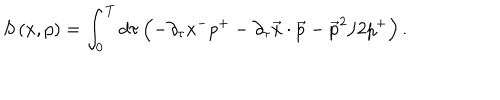
S \left( x , p \right) = \int _ { 0 } ^ { T } d \tau \left( - \partial _ { \tau } x ^ { - } p ^ { + } - \partial _ { \tau } \vec { x } \cdot \vec { p } - \vec { p } ^ { 2 } / 2 p ^ { + } \right) .